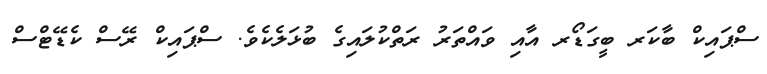
ސްޕައިކް ބާކަރ ބީގަޑޯރ އާއި ވައްތަރު ރަތްކުލައިގެ ބުޅަލެކެވެ. ސްޕައިކް ރޭސް ކެޑޭޓްސް